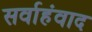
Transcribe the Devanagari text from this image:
सर्वाहंवाद